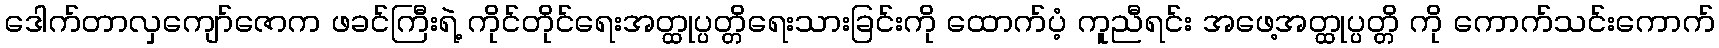
ဒေါက်တာလှကျော်ဇောက ဖခင်ကြီးရဲ့ ကိုင်တိုင်ရေးအတ္ထုပ္ပတ္တိရေးသားခြင်းကို ထောက်ပံ့ ကူညီရင်း အဖေ့အတ္ထုပ္ပတ္တိ ကို ကောက်သင်းကောက်